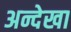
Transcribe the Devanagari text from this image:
अन्देखा